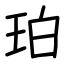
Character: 珀